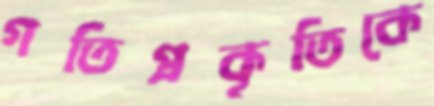
গতিপ্রকৃতিকে